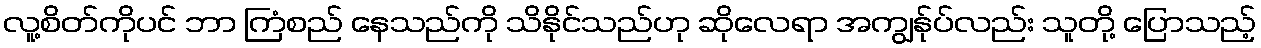
လူ့စိတ်ကိုပင် ဘာ ကြံစည် နေသည်ကို သိနိုင်သည်ဟု ဆိုလေရာ အကျွန်ုပ်လည်း သူတို့ ပြောသည့်